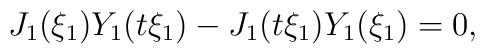
J_1(\xi_1)Y_1(t\xi_1) - J_1(t\xi_1) Y_1(\xi_1) =0,